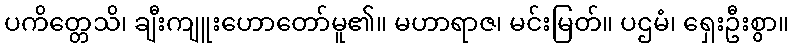
ပကိတ္တေသိ၊ ချီးကျူးဟောတော်မူ၏။ မဟာရာဇ၊ မင်းမြတ်။ ပဌမံ၊ ရှေးဦးစွာ။